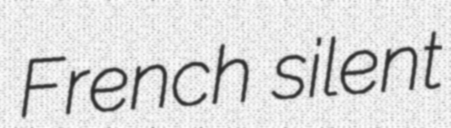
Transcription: French silent